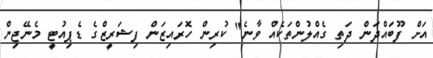
އަށް ފޫބައްދަން ދަތި ގެއްލުންތަކެއް ވާނެ" ކުރިން ހޮރައިޒަން ފިޝަރީޒްގެ ޑެޕިއުޓީ މެނޭޖިން